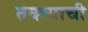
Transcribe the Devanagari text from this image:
तक्त्याची